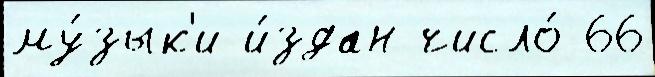
му́зык'и и́здан число́ 66